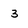
Character: 3